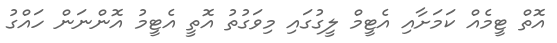
އޮތް ޓީމެއް ކަމަށާއި އެޓީމް ލީގުގައި މިވަގުތު އޮތީ އެޓީމު އޮންނަން ހައްގު